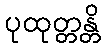
ပုထုတ္တန္တိ